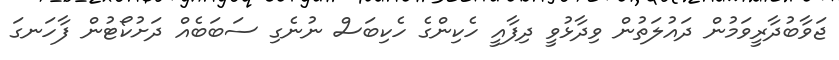
ޖަވާބުދާރީވަމުން ދައުލަތުން ވިދާޅުވީ ދިފާއީ ހެކިންގެ ހެކިބަސް ނުނެގި ސަބަބެއް ދަށުކޯޓުން ފާހަނގަ